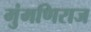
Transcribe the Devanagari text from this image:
मुंमणिराज